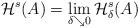
LaTeX: \begin{align*} \mathcal{H}^s(A)= \lim_{\delta\searrow 0} \mathcal{H}^s_\delta (A) \end{align*}